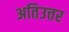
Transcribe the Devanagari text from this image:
अतिउत्तर